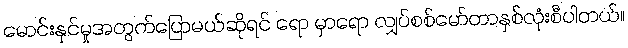
မောင်းနှင်မှုအတွက်ပြောမယ်ဆိုရင် ရော မှာရော လျှပ်စစ်မော်တာနှစ်လုံးစီပါတယ်။